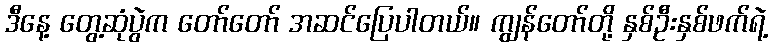
ဒီနေ့ တွေ့ဆုံပွဲက တော်တော် အဆင်ပြေပါတယ်။ ကျွန်တော်တို့ နှစ်ဦးနှစ်ဖက်ရဲ့